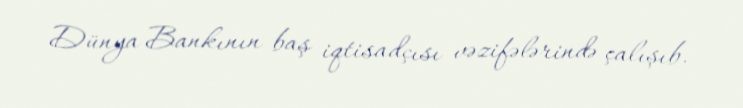
Dünya Bankının baş iqtisadçısı vəzifələrində çalışıb.